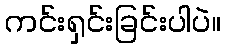
ကင်းရှင်းခြင်းပါပဲ။